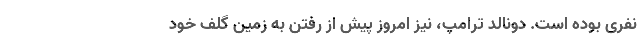
نفری بوده است. دونالد ترامپ، نیز امروز پیش از رفتن به زمین گلف خود